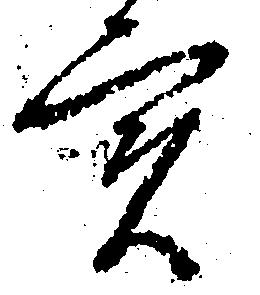
実